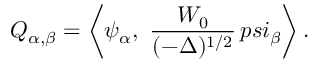
Q _ { \alpha , \beta } = \left< \psi _ { \alpha } , \ { \frac { W _ { 0 } } { ( - \Delta ) ^ { 1 / 2 } } } \, p s i _ { \beta } \right> .